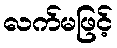
လက်မဖြင့်